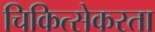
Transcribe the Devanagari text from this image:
चिकित्सेकरता